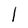
Character: l